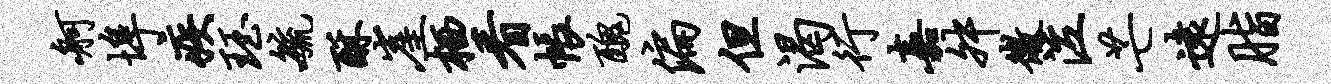
舸埠疾珏毓酥崖栖看帐丑偏但渴行嘉舛微泣芒远脂